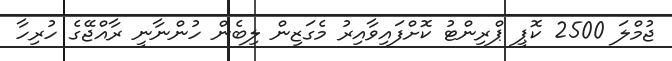
ޖުމްލަ 2500 ކޮޕީ ޕްރިންޓު ކޮށްފައިވާއިރު މެގަޒިން ލިބެން ހުންނާނީ ރާއްޖޭގެ ހުރިހާ